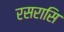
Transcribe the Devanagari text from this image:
रसरासि